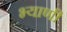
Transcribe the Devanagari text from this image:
भ्याणी